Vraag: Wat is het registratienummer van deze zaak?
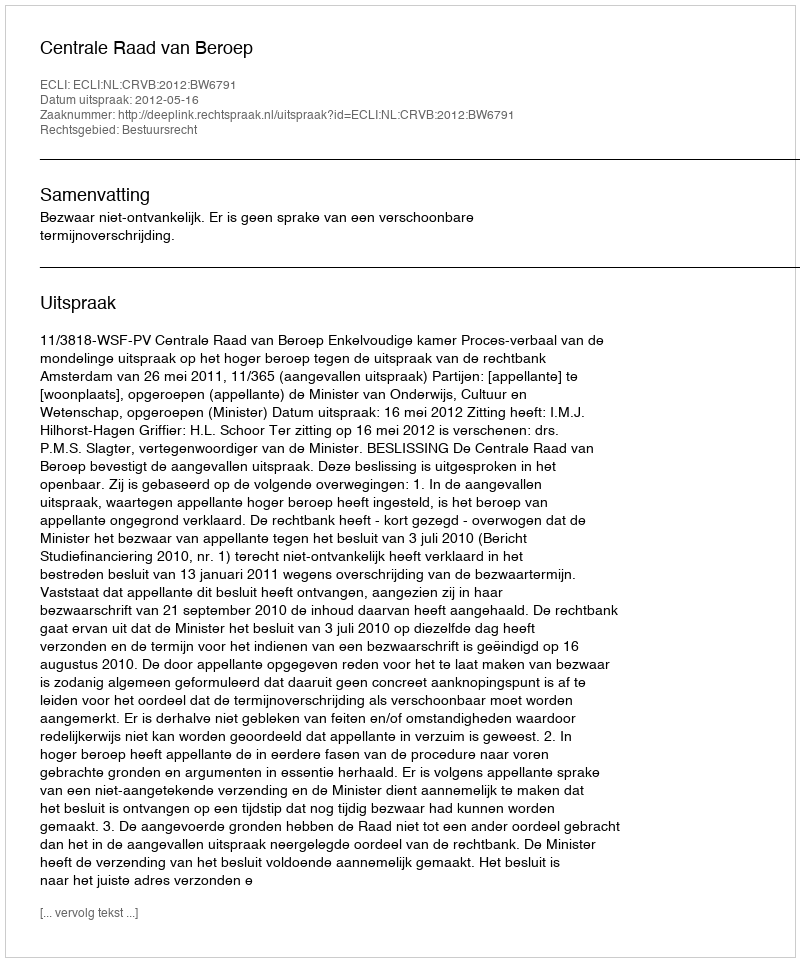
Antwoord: http://deeplink.rechtspraak.nl/uitspraak?id=ECLI:NL:CRVB:2012:BW6791